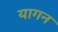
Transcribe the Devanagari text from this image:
यागन